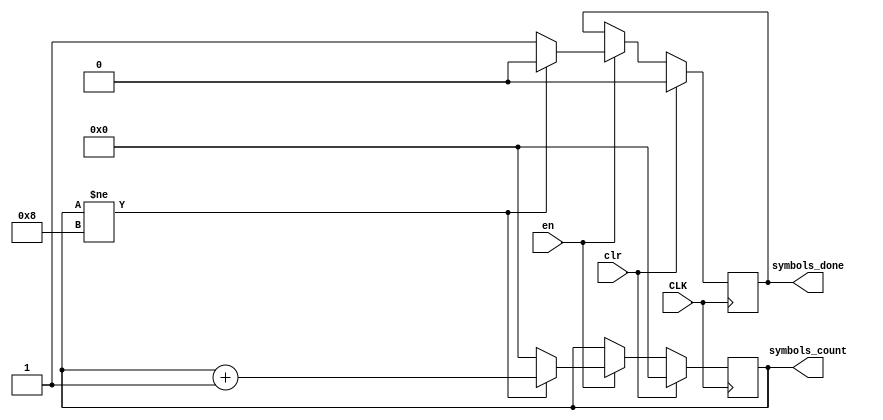
module symbols_counter(
    input CLK,
    input clr,
    input en,
    output [W-1:0] symbols_count,
    output symbols_done
    );
    
    parameter W = 8;
    parameter MAX = 8;
    
    reg [W-1:0] count;
    reg done;
    
    always @ (posedge CLK) begin
        if (clr) begin
            count <= {W{1'b0}};
            done <= 1'b0;
        end
        else if (en) begin
            if (count != MAX) begin
                count <= count + 1;
                done <= 1'b0;
            end
            else begin
                count <= {W{1'b0}};
                done <= 1'b1;
            end
        end
    end
    
    assign symbols_done = done;
    assign symbols_count = count;
    
endmodule